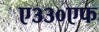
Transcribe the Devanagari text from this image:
ए३३०एफ